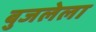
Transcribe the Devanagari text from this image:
बुजलेला